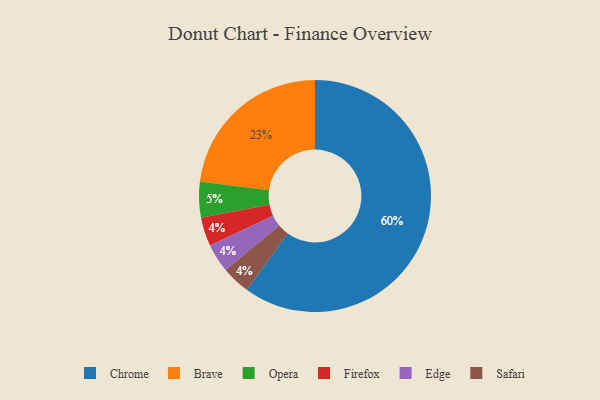
{"axis": {"x": "Category", "y": "Percentage"}, "legend": ["Brave", "Chrome", "Edge", "Firefox", "Opera", "Safari"], "data": [{"x": "Firefox", "y": 4, "type": "Firefox"}, {"x": "Edge", "y": 4, "type": "Edge"}, {"x": "Safari", "y": 4, "type": "Safari"}, {"x": "Chrome", "y": 60, "type": "Chrome"}, {"x": "Brave", "y": 23, "type": "Brave"}, {"x": "Opera", "y": 5, "type": "Opera"}]}